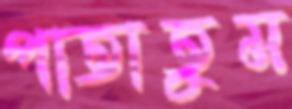
পাতাতুম